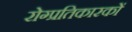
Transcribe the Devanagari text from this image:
रोग्प्रतिकारकों